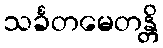
သင်္ခတမေတန္တိ